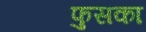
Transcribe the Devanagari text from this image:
फुसका